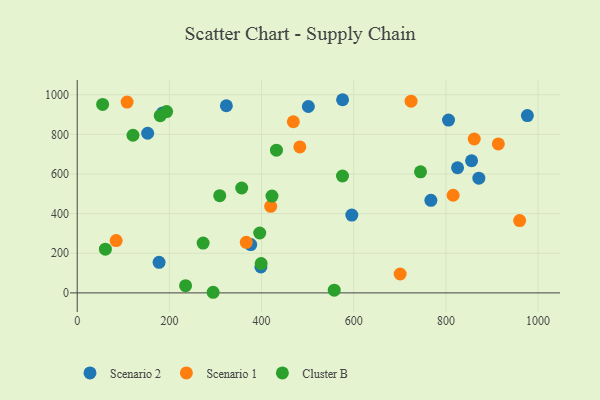
{"axis": {"x": "Engine Size", "y": "Demand"}, "legend": ["Cluster B", "Scenario 1", "Scenario 2"], "data": [{"x": "398.5", "y": 130.9, "type": "Scenario 2"}, {"x": "595.8", "y": 392.8, "type": "Scenario 2"}, {"x": "376.5", "y": 243.7, "type": "Scenario 2"}, {"x": "177.6", "y": 154.4, "type": "Scenario 2"}, {"x": "323.6", "y": 944.3, "type": "Scenario 2"}, {"x": "805.7", "y": 872.1, "type": "Scenario 2"}, {"x": "855.7", "y": 666.8, "type": "Scenario 2"}, {"x": "501.5", "y": 940.7, "type": "Scenario 2"}, {"x": "825.3", "y": 631.4, "type": "Scenario 2"}, {"x": "152.8", "y": 805.5, "type": "Scenario 2"}, {"x": "575.8", "y": 974.8, "type": "Scenario 2"}, {"x": "976.8", "y": 894.9, "type": "Scenario 2"}, {"x": "185.2", "y": 908.4, "type": "Scenario 2"}, {"x": "767.4", "y": 467.0, "type": "Scenario 2"}, {"x": "871.5", "y": 579.0, "type": "Scenario 2"}, {"x": "724.4", "y": 967.3, "type": "Scenario 1"}, {"x": "913.8", "y": 751.6, "type": "Scenario 1"}, {"x": "960.0", "y": 365.0, "type": "Scenario 1"}, {"x": "108.2", "y": 962.7, "type": "Scenario 1"}, {"x": "468.9", "y": 863.6, "type": "Scenario 1"}, {"x": "815.7", "y": 492.8, "type": "Scenario 1"}, {"x": "366.8", "y": 255.1, "type": "Scenario 1"}, {"x": "861.5", "y": 776.7, "type": "Scenario 1"}, {"x": "84.4", "y": 264.1, "type": "Scenario 1"}, {"x": "419.8", "y": 437.0, "type": "Scenario 1"}, {"x": "700.7", "y": 95.2, "type": "Scenario 1"}, {"x": "483.0", "y": 736.4, "type": "Scenario 1"}, {"x": "61.1", "y": 220.6, "type": "Cluster B"}, {"x": "744.9", "y": 610.9, "type": "Cluster B"}, {"x": "193.9", "y": 915.0, "type": "Cluster B"}, {"x": "356.9", "y": 529.3, "type": "Cluster B"}, {"x": "396.0", "y": 302.2, "type": "Cluster B"}, {"x": "575.6", "y": 589.8, "type": "Cluster B"}, {"x": "55.1", "y": 950.9, "type": "Cluster B"}, {"x": "273.2", "y": 251.6, "type": "Cluster B"}, {"x": "294.9", "y": 3.1, "type": "Cluster B"}, {"x": "180.1", "y": 894.4, "type": "Cluster B"}, {"x": "121.0", "y": 795.6, "type": "Cluster B"}, {"x": "309.2", "y": 490.6, "type": "Cluster B"}, {"x": "399.1", "y": 147.9, "type": "Cluster B"}, {"x": "235.1", "y": 36.4, "type": "Cluster B"}, {"x": "557.7", "y": 13.8, "type": "Cluster B"}, {"x": "422.6", "y": 488.5, "type": "Cluster B"}, {"x": "432.3", "y": 720.3, "type": "Cluster B"}]}